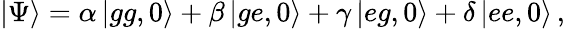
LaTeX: \left|\Psi\right\rangle=\alpha\left|gg,0\right\rangle+\beta\left|ge,0\right\rangle+\gamma\left|eg,0\right\rangle+\delta\left|ee,0\right\rangle\, ,